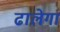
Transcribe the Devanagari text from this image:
ढालेगा